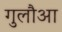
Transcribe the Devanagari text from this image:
गुलौआ